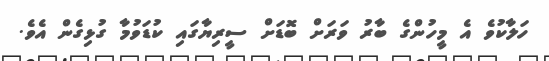
ހަލާކުވެ އެ މީހުންގެ ބާރު ވަރަށް ބޮޑަށް ސީރިޔާގައި ކުޑަވުމާ ގުޅިގެން އެވެ.